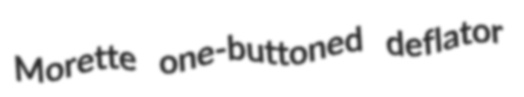
Morette one-buttoned deflator